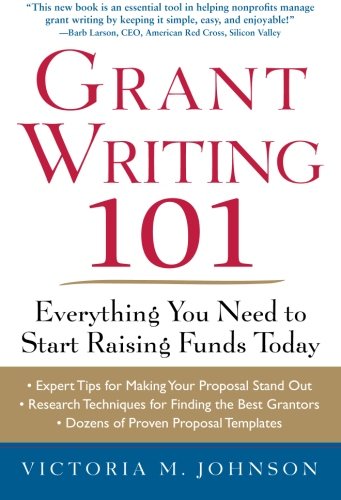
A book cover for Grant Writing 101: Everything You Need to Start Raising Funds Today; Victoria Johnson; Business & Money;